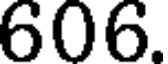
606.